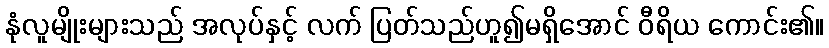
နုံလူမျိုးများသည် အလုပ်နှင့် လက် ပြတ်သည်ဟူ၍မရှိအောင် ဝီရိယ ကောင်း၏။